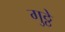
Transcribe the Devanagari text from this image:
गुठ्ठे